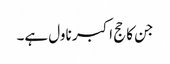
جن کا حج اکبر ناول ہے۔